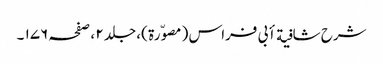
شرح شافیة أبی فراس ( مصوّرة )، جلد ٢ ، صفحہ ١٧٦ ۔